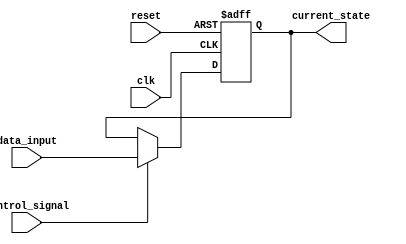
module hold_condition(
    input wire clk,                  // Clock signal
    input wire reset,                // Asynchronous reset signal
    input wire control_signal,       // Control signal for holding state
    input wire [7:0] data_input,     // New data input
    output reg [7:0] current_state   // Current state output
);

    // Initialization block
    always @(posedge clk or posedge reset) begin
        if (reset) begin
            current_state <= 8'b0;    // Initialize current state to zero on reset
        end else if (control_signal) begin
            current_state <= data_input; // Update current state with data_input
        end
        // If control_signal is LOW, current_state retains its previous value (hold condition)
    end

endmodule